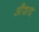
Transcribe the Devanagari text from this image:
औशध